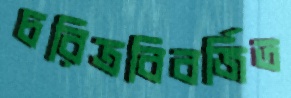
চরিত্রবিবর্জিত